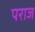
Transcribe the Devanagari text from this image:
पराज